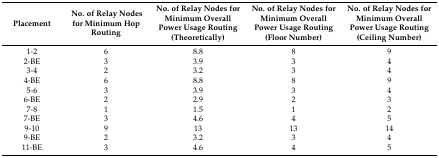
<table><thead><tr><td><b>Placement</b></td><td><b>No. of Relay Nodes for Minimum Hop Routing</b></td><td><b>No. of Relay Nodes for Minimum Overall Power Usage Routing (Theoretically)</b></td><td><b>No. of Relay Nodes for Minimum Overall Power Usage Routing (Floor Number)</b></td><td><b>No. of Relay Nodes for Minimum Overall Power Usage Routing (Ceiling Number)</b></td></tr></thead><tbody><tr><td>1-2</td><td>6</td><td>8.8</td><td>8</td><td>9</td></tr><tr><td>2-BE</td><td>3</td><td>3.9</td><td>3</td><td>4</td></tr><tr><td>3-4</td><td>2</td><td>3.2</td><td>3</td><td>4</td></tr><tr><td>4-BE</td><td>6</td><td>8.8</td><td>8</td><td>9</td></tr><tr><td>5-6</td><td>3</td><td>3.9</td><td>3</td><td>4</td></tr><tr><td>6-BE</td><td>2</td><td>2.9</td><td>2</td><td>3</td></tr><tr><td>7-8</td><td>1</td><td>1.5</td><td>1</td><td>2</td></tr><tr><td>7-BE</td><td>3</td><td>4.6</td><td>4</td><td>5</td></tr><tr><td>9-10</td><td>9</td><td>13</td><td>13</td><td>14</td></tr><tr><td>9-BE</td><td>2</td><td>3.2</td><td>3</td><td>4</td></tr><tr><td>11-BE</td><td>3</td><td>4.6</td><td>4</td><td>5</td></tr></tbody></table>